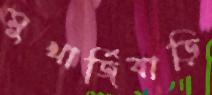
মুখার্জিবাড়ি